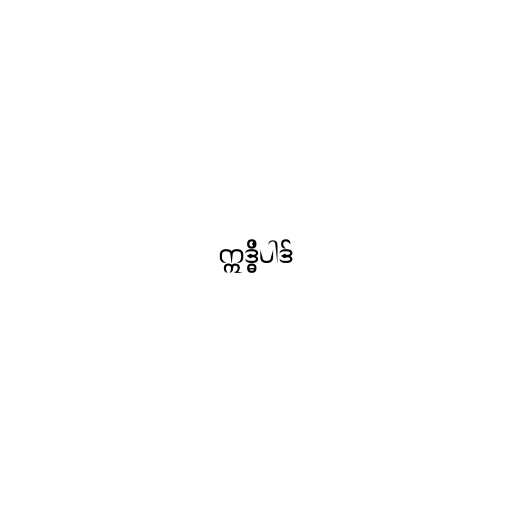
ဣဒ္ဓိပါဒ်